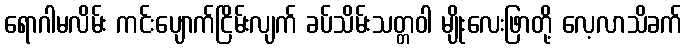
ရောဂါမလိမ်း ကင်းပျောက်ငြိမ်းလျက် ခပ်သိမ်းသတ္တဝါ မျိုးလေးဖြာတို့ လေ့လာသိခက်